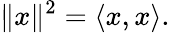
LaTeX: \| x\| ^{2}=\langle x,x\rangle.